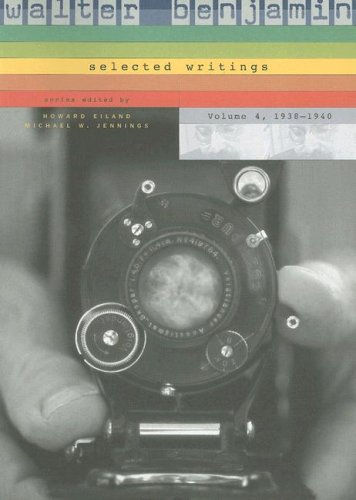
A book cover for Walter Benjamin: Selected Writings, Volume 4: 1938-1940; Walter Benjamin; Politics & Social Sciences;